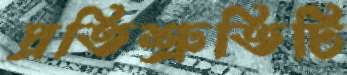
প্রতিশ্রুতিটি